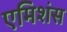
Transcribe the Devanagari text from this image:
एमिशंस